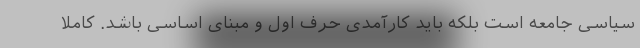
سیاسی جامعه است بلکه باید کارآمدی حرف اول و مبنای اساسی باشد. کاملا